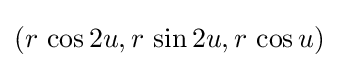
(r\,\cos 2u,r\,\sin 2u,r\,\cos u)